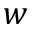
\boldsymbol { w }